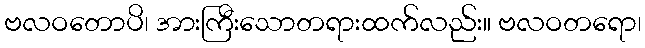
ဗလဝတောပိ၊ အားကြီးသောတရားထက်လည်း။ ဗလဝတရော၊